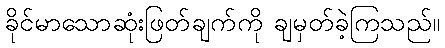
ခိုင်မာသောဆုံးဖြတ်ချက်ကို ချမှတ်ခဲ့ကြသည်။